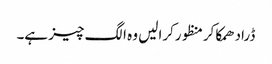
ڈرادھمکاکرمنظورکرالیں وہ الگ چیز ہے۔